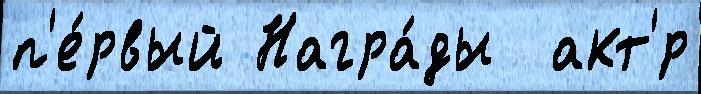
п'е́рвый Награ́ды  акт'́р